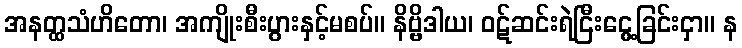
အနတ္ထသံဟိတော၊ အကျိုးစီးပွားနှင့်မစပ်။ နိဗ္ဗိဒါယ၊ ဝဋ်ဆင်းရဲငြီးငွေ့ခြင်းငှာ။ န